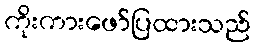
ကိုးကားဖော်ပြထားသည်